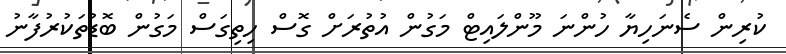
ކުރިން ސެނަހިޔާ ހުންނަ މޫންލައިޓް މަގުން އުތުރަށް ގޮސް ހިތިގަސް މަގުން ބޮޑުތަކުރުފާނު